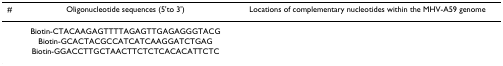
<table><thead><tr><td><b>#</b></td><td><b>Oligonucleotide sequences (5'to 3')</b></td><td><b>Locations of complementary nucleotides within the MHV-A59 genome</b></td></tr></thead><tbody><tr><td>[EMPTY_CELL]</td><td>Biotin-CTACAAGAGTTTTAGAGTTGAGAGGGTACG</td><td>[EMPTY_CELL]</td></tr><tr><td>[EMPTY_CELL]</td><td>Biotin-GCACTACGCCATCATCAAGGATCTGAG</td><td>[EMPTY_CELL]</td></tr><tr><td>[EMPTY_CELL]</td><td>Biotin-GGACCTTGCTAACTTCTCTCACACATTCTC</td><td>[EMPTY_CELL]</td></tr></tbody></table>